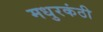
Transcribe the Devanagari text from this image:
मधुरकंठी